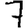
Digit: 7